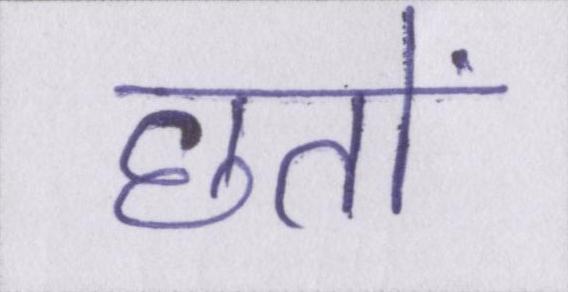
छतों